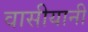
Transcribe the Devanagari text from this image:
वासीयानी